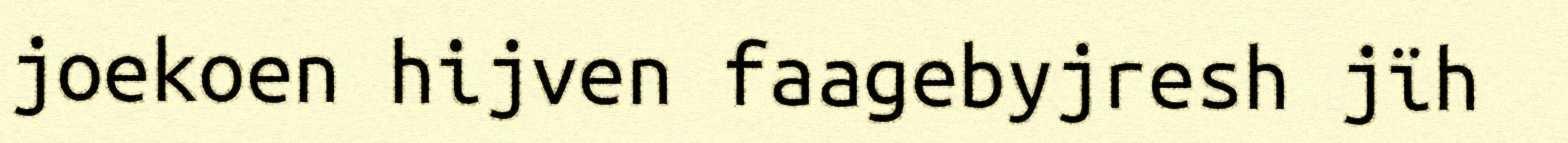
joekoen hijven faagebyjresh jïh